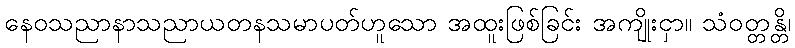
နေဝသညာနာသညာယတနသမာပတ်ဟူသော အထူးဖြစ်ခြင်း အကျိုးငှာ။ သံဝတ္တန္တိ၊